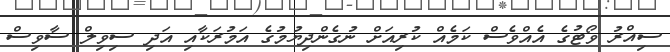
ސިއްރު ވޯޓުގެ އެއްވެސް ކަމެއް ކުރިއަށް ނުގެންދިޔުމުގެ އަމުރަކާއި އަދި ސިވިލް ސާވިސް